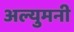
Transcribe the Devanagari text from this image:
अल्युमनी